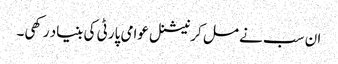
ان سب نے مل کر نیشنل عوامی پارٹی کی بنیاد رکھی۔